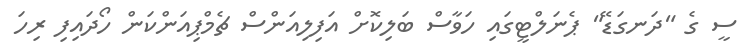
ސީ ގެ "ދަނގަޑޭ" ޕެނަލްޓީގައި ހަވާސް ބަލިކޮށް އަފިލިއަންސް ޗެމްޕިއަންކަން ހޯދައިފި ރިހަ